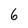
Character: 6